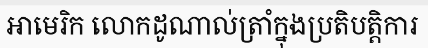
អាមេរិក លោកដូណាល់ត្រាំក្នុងប្រតិបត្តិការ